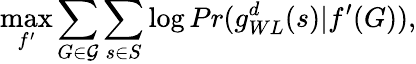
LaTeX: \operatorname*{max}_{f^{\prime}}\sum_{G\in\mathcal{G}}\sum_{s\in S}\log Pr(g_{WL}^{d}(s)|f^{\prime}(G)),